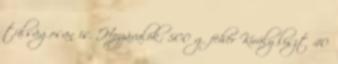
túlságosan is. Hozzávalók: 500 g fehér Király liszt 40